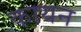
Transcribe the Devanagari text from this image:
कायन